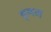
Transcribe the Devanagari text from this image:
वृषम